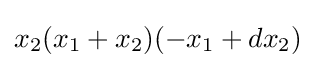
x_{2}(x_{1}+x_{2})(-x_{1}+dx_{2})